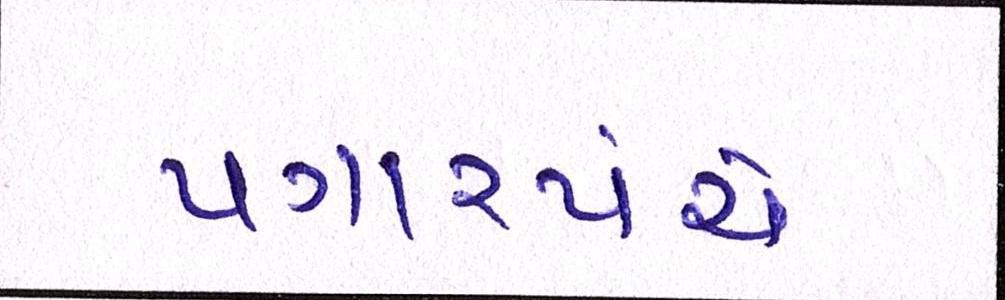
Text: પગારપંચે